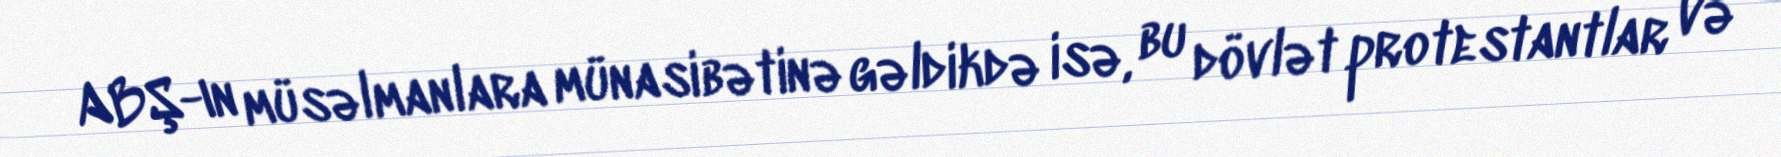
ABŞ-ın müsəlmanlara münasibətinə gəldikdə isə, bu dövlət protestantlar və